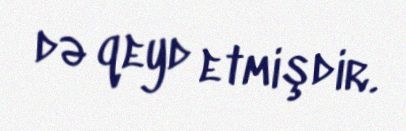
də qeyd etmişdir.